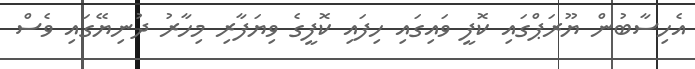
އެހިސާބުން ޔޫރަޕްގައި ކޮފީ ވައިގައި ހިފައި ކޮފީގެ ވިޔަފާރި މިހާރު ދުނިޔޭގައި ވެސް